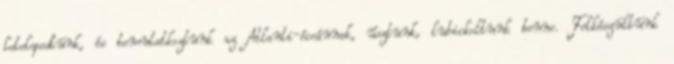
letelepedtünk, és bemutatkoztunk az Atlanti-óceánnak, úsztunk, lubickoltunk benne. Felkészültünk